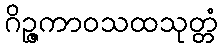
ဂိဉ္ဇကာဝသထသုတ္တံ